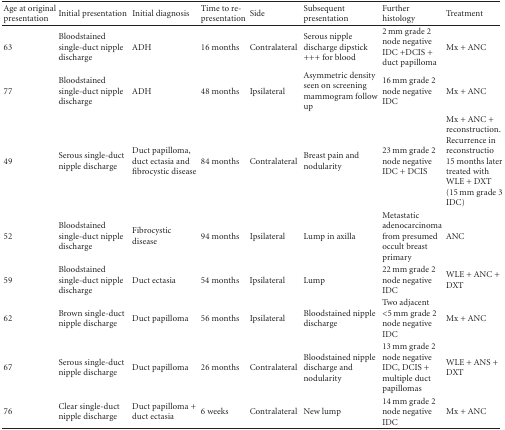
<table><thead><tr><td><b>Age at original presentation</b></td><td><b>Initial presentation</b></td><td><b>Initial diagnosis</b></td><td><b>Time to re-presentation</b></td><td><b>Side</b></td><td><b>Subsequent presentation</b></td><td><b>Further histology</b></td><td><b>Treatment</b></td></tr></thead><tbody><tr><td>63</td><td>Bloodstained single-duct nipple discharge</td><td>ADH</td><td>16 months</td><td>Contralateral</td><td>Serous nipple discharge dipstick +++ for blood</td><td>2 mm grade 2 node negative IDC +DCIS + duct papilloma</td><td>Mx + ANC</td></tr><tr><td>77</td><td>Bloodstained single-duct nipple discharge</td><td>ADH</td><td>48 months</td><td>Ipsilateral</td><td>Asymmetric density seen on screening mammogram follow up</td><td>16 mm grade 2 node negative IDC</td><td>Mx + ANC</td></tr><tr><td>49</td><td>Serous single-duct nipple discharge</td><td>Duct papilloma, duct ectasia and fibrocystic disease</td><td>84 months</td><td>Contralateral</td><td>Breast pain and nodularity</td><td>23 mm grade 2 node negative IDC + DCIS</td><td>Mx + ANC + reconstruction. Recurrence in reconstructio 15 months later treated with WLE + DXT (15 mm grade 3 IDC)</td></tr><tr><td>52</td><td>Bloodstained single-duct nipple discharge</td><td>Fibrocystic disease</td><td>94 months</td><td>Ipsilateral</td><td>Lump in axilla</td><td>Metastatic adenocarcinoma from presumed occult breast primary</td><td>ANC</td></tr><tr><td>59</td><td>Bloodstained single-duct nipple discharge</td><td>Duct ectasia</td><td>54 months</td><td>Ipsilateral</td><td>Lump</td><td>22 mm grade 2 node negative IDC</td><td>WLE + ANC + DXT</td></tr><tr><td>62</td><td>Brown single-duct nipple discharge</td><td>Duct papilloma</td><td>56 months</td><td>Ipsilateral</td><td>Bloodstained nipple discharge</td><td>Two adjacent &lt;5 mm grade 2 node negative IDC</td><td>Mx + ANC</td></tr><tr><td>67</td><td>Serous single-duct nipple discharge</td><td>Duct papilloma</td><td>26 months</td><td>Contralateral</td><td>Bloodstained nipple discharge and nodularity</td><td>13 mm grade 2 node negative IDC, DCIS + multiple duct papillomas</td><td>WLE + ANS + DXT</td></tr><tr><td>76</td><td>Clear single-duct nipple discharge</td><td>Duct papilloma + duct ectasia</td><td>6 weeks</td><td>Contralateral</td><td>New lump</td><td>14 mm grade 2 node negative IDC</td><td>Mx + ANC</td></tr></tbody></table>